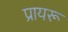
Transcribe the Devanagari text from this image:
प्रायरू